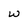
Character: w